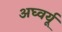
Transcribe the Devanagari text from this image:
अघ्वर्यू